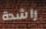
راشدة